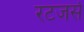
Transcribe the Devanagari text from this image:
रटजर्स